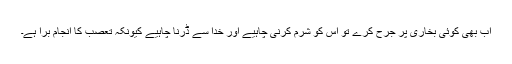
اب بھی کوئی بخاری پر جرح کرے تو اس کو شرم کرنی چاہیے اور خدا سے ڈرنا چاہیے کیونکہ تعصب کا انجام برا ہے۔